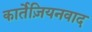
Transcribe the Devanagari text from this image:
कार्तेज़ियनवाद